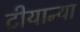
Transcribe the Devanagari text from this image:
टीयान्या